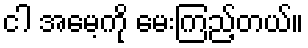
ငါ အမေ့ကို မေးကြည့်တယ်။